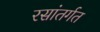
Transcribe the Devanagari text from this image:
रसांतर्गत